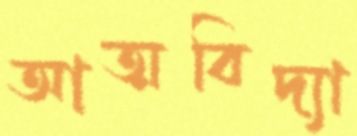
আত্মবিদ্যা